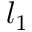
l _ { 1 }